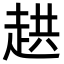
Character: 𮚸